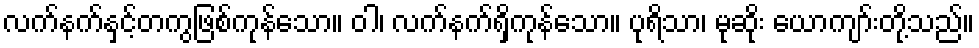
လက်နက်နှင့်တကွဖြစ်ကုန်သော။ ဝါ၊ လက်နက်ရှိကုန်သော။ ပုရိသာ၊ မုဆိုး ယောကျာ်းတို့သည်။